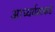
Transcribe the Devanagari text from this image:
आघ्वर्यवाकडे